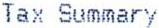
TAX SUMMARY